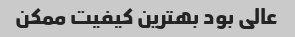
عالی بود بهترین کیفیت ممکن